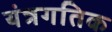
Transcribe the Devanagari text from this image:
यंत्रगतिक